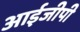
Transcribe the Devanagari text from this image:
आईजीपी